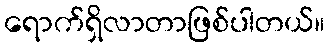
ရောက်ရှိလာတာဖြစ်ပါတယ်။